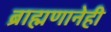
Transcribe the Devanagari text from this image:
ब्राह्मणानेही